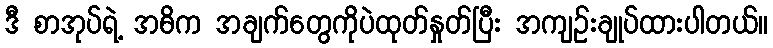
ဒီ စာအုပ်ရဲ့ အဓိက အချက်တွေကိုပဲထုတ်နှုတ်ပြီး အကျဉ်းချုပ်ထားပါတယ်။